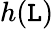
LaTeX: h(\mathtt{L})